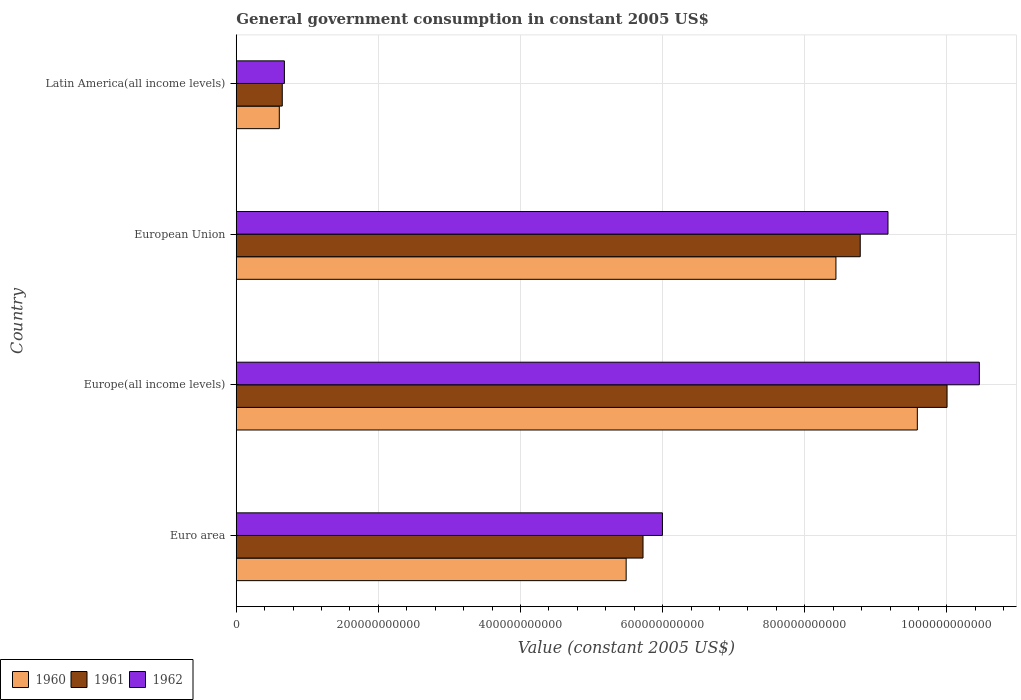
| Country | 1960 | 1961 | 1962 |
 | --- | --- | --- | --- |
 | Euro area | 5.49e+11 | 5.72e+11 | 6e+11 |
 | Europe(all income levels) | 9.58e+11 | 1e+12 | 1.05e+12 |
 | European Union | 8.44e+11 | 8.78e+11 | 9.17e+11 |
 | Latin America(all income levels) | 6.06e+10 | 6.47e+10 | 6.77e+10 |